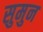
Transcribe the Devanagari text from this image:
सुमुन